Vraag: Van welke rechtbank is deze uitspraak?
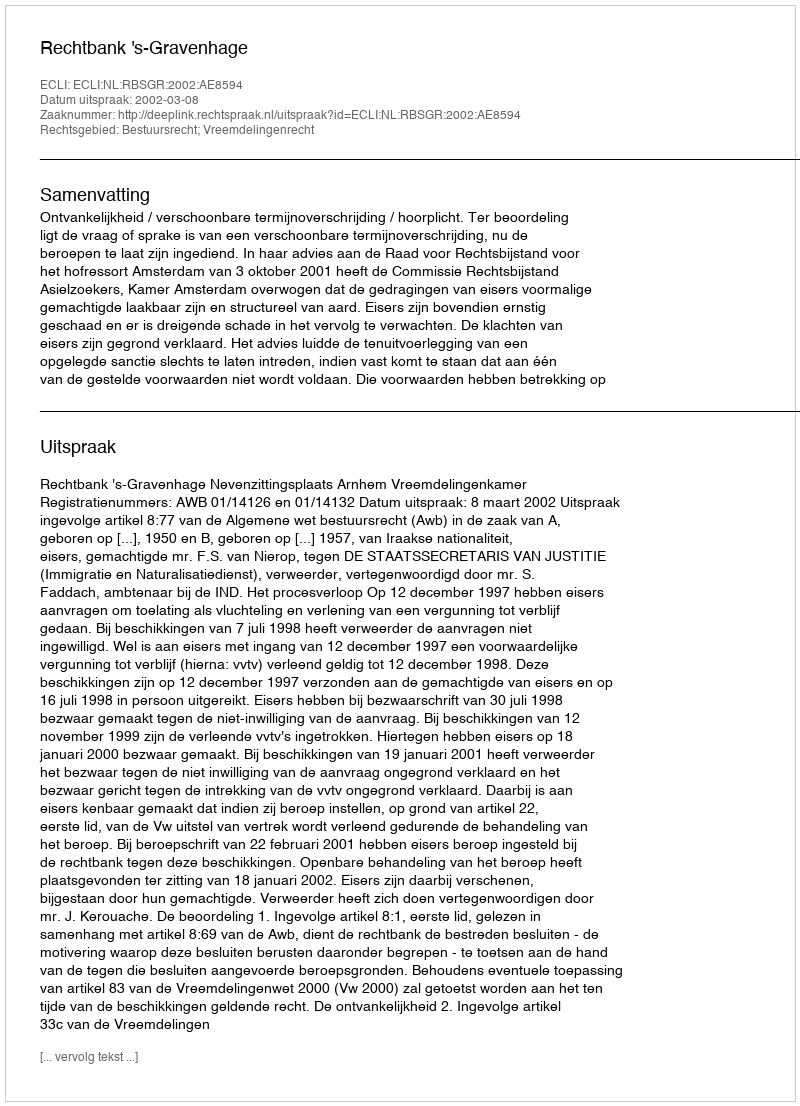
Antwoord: Rechtbank 's-Gravenhage